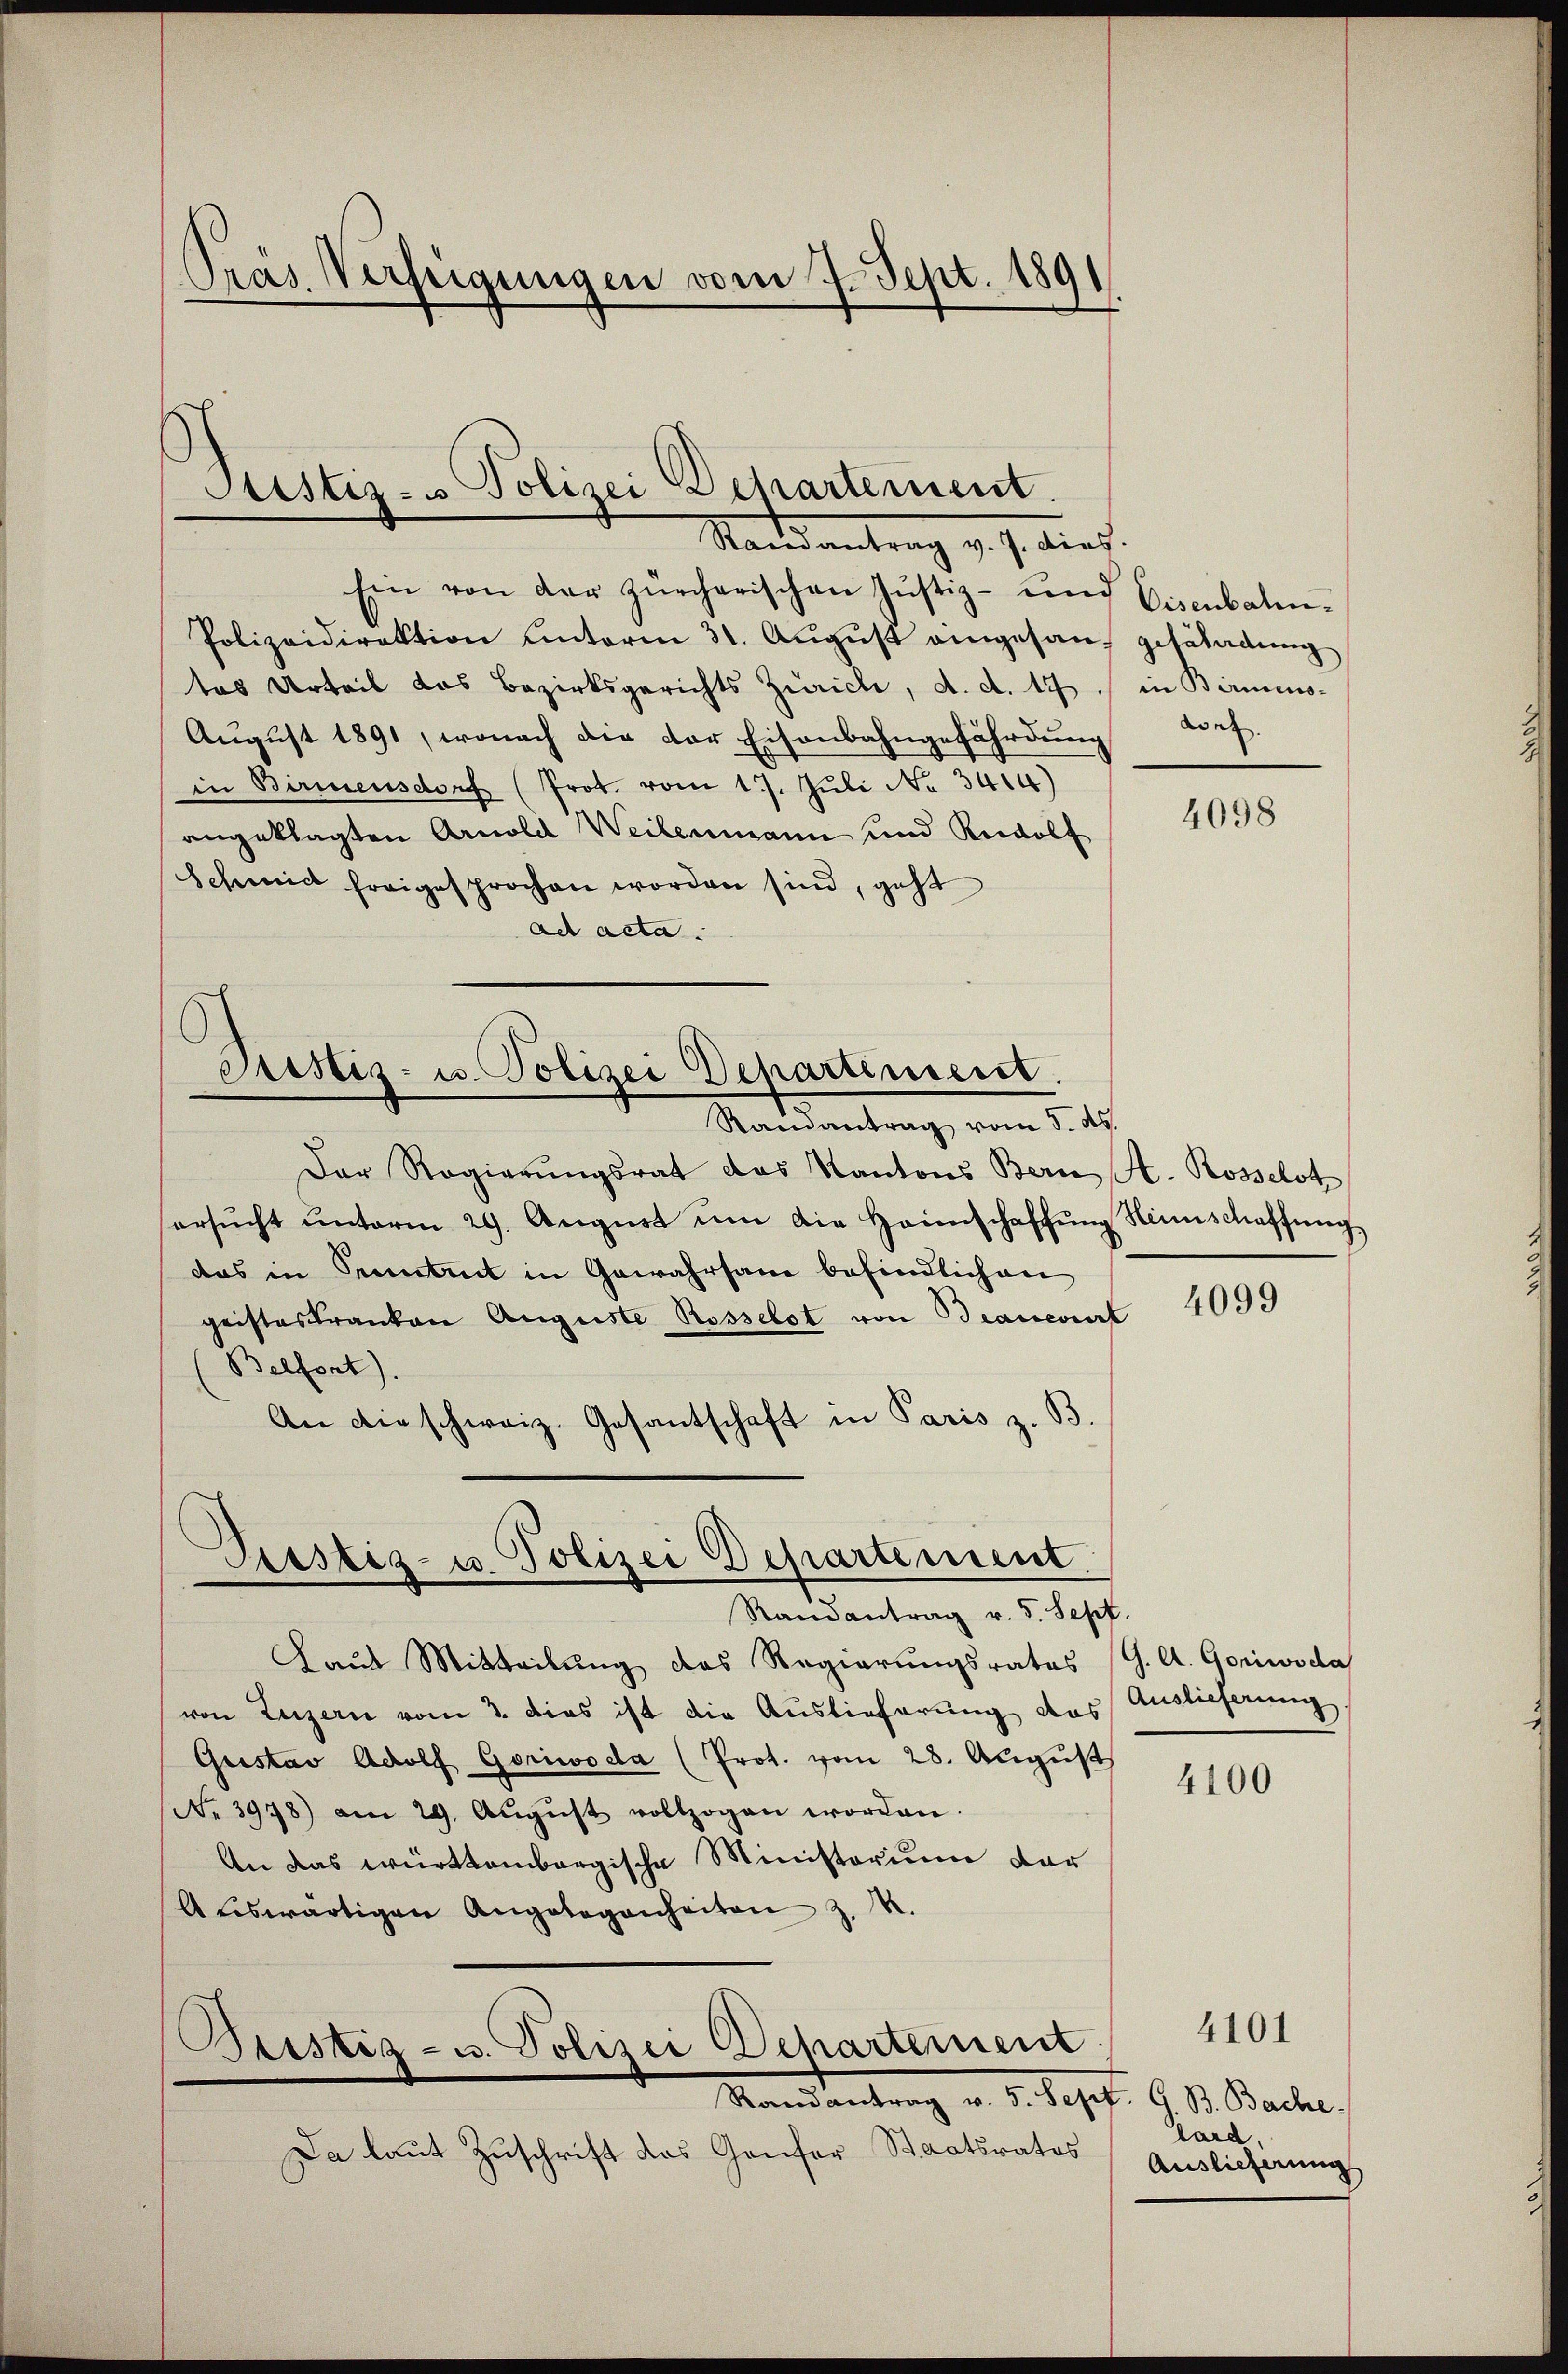
Prás Verfügungen vom 7. Sept. 1891

Justiz- u Polizei Departement
Stand antrag v. J. dies

Ein von der zürcherischen Justiz- und Eisenbahn-
Polizeidirektion unterm 31. Aŭgŭst eingesan, gesaladŭng
tas Urteil das Bezirksgerichts Zürich, d. d. 17. in Birmens-
August 1891, wonach die der Eisenbahngefährdung
in Birmensdorf (Prot. vom 17. Jŭli No 3414)
angeklagten Arnold Weilenmann und Rolf
Schmidt freigesprochen worden sind, geht
ad acta.

n

4098

Pristiz- u. Polizei Departiniert.
Randantrag vom 5. ds.

Der Regierŭngsrat das Kantons Bern H. Rosselst
ersŭcht ŭnterm 29. Aŭgŭst ŭm die Heimschaffŭng Heimschaffŭng
das in Petit in Gewahrsam befindlichen
geisteskranken Auguste Rosselst von Braneviert
Belfort).
An die schweiz. Gesantschaft in Paris z. B.

4099

Piustiz- u Polizei Departement

Ramantrag v. 5. Sept.
aŭs Mitteilŭng das Regierŭngsrates (G. A. Goriwoda
von Luzern vom 3. dies ist die Auslieferung des Auslieferung
Gustav Adolf Goriwoda (Prot. vom 28. August
No 3978) am 29. Aŭgŭst vollzogen worden.
An das württembergische Ministorium dar
Aŭswärtigen Angelegenheiten z. K.
Beistiz- u. Polizei Departement
Randantrag v. 5. Sept. G. B. Bache.
Da laut Zuschrift das Genfer Staatsratos

4100

4101

lard,
Auslieferung